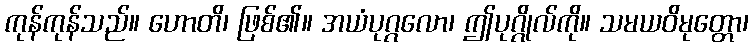
ကုန်ကုန်သည်။ ဟောတိ၊ ဖြစ်၏။ အယံပုဂ္ဂလော၊ ဤပုဂ္ဂိုလ်ကို။ သမယဝိမုတ္တော၊